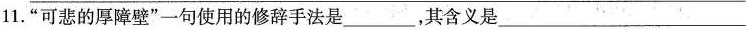
11.”可悲的厚障壁”一句使用的修辞手法是___，其含义是___